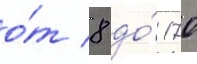
о́т 8 до́ 170